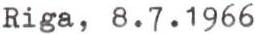
Riga, 8.7.1966